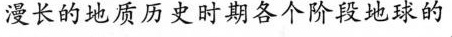
漫长的地质历史时期各个阶段地球的